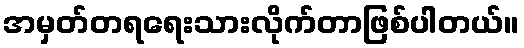
အမှတ်တရရေးသားလိုက်တာဖြစ်ပါတယ်။